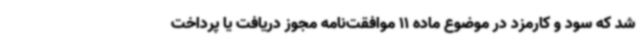
شد که سود و کارمزد در موضوع ماده 11 موافقت‌نامه مجوز دریافت یا پرداخت